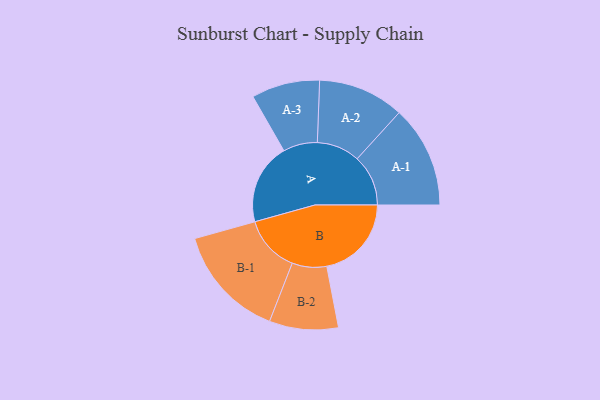
{"axis": {"x": "Segment", "y": "Value"}, "legend": ["", "A", "B"], "data": [{"x": "A", "y": 294, "type": ""}, {"x": "B", "y": 307, "type": ""}, {"x": "A-1", "y": 185, "type": "A"}, {"x": "A-2", "y": 156, "type": "A"}, {"x": "A-3", "y": 124, "type": "A"}, {"x": "B-1", "y": 206, "type": "B"}, {"x": "B-2", "y": 125, "type": "B"}]}